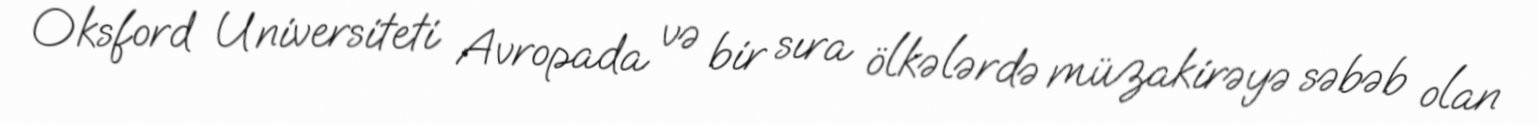
Oksford Universiteti Avropada və bir sıra ölkələrdə müzakirəyə səbəb olan